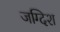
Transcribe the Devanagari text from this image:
जग्दिश